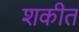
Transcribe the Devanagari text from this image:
शकीत